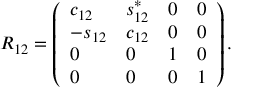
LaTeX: R _ { 1 2 } = \left( \begin{array} { l l l l } { { c _ { 1 2 } } } & { { s _ { 1 2 } ^ { \ast } } } & { { 0 } } & { { 0 } } \\ { { - s _ { 1 2 } } } & { { c _ { 1 2 } } } & { { 0 } } & { { 0 } } \\ { { 0 } } & { { 0 } } & { { 1 } } & { { 0 } } \\ { { 0 } } & { { 0 } } & { { 0 } } & { { 1 } } \end{array} \right) .